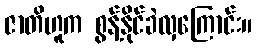
ဇာတိဟူက စွန့်နိုင်ခဲလှကြောင်း။